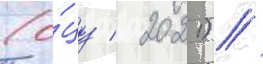
(о́цу / 2021) //